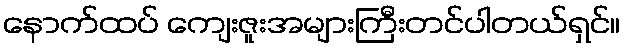
နောက်ထပ် ကျေးဇူးအများကြီးတင်ပါတယ်ရှင်။